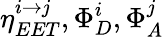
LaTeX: \eta_{EET}^{i\to j},\Phi_{D}^{i},\Phi_{A}^{j}